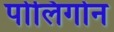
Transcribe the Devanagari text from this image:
पोलिगोन